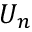
U _ { n }